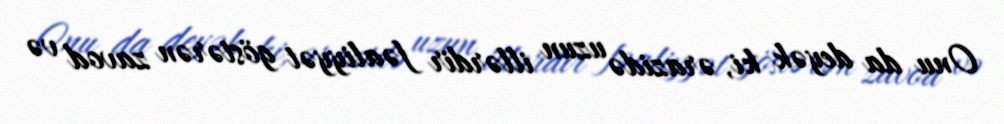
Onu da deyək ki, ərazidə uzun illərdir fəaliyyət göstərən zavod və